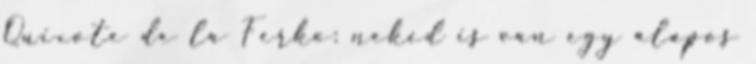
Quixote de la Ferko: neked is van egy alapos